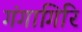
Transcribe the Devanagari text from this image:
गंगागिरि